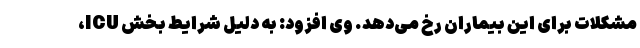
مشکلات برای این بیماران رخ می‌دهد. وی افزود: به دلیل شرایط بخش ICU،